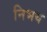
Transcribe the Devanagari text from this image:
निभय